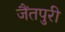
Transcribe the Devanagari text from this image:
जैंतपुरी